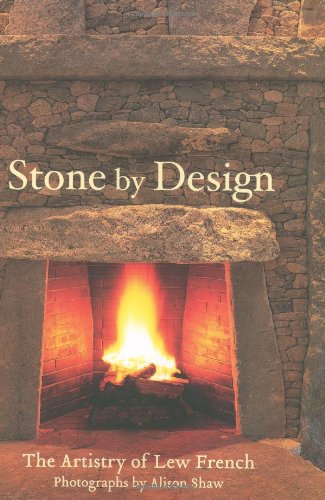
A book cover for Stone by Design: The Artistry of Lew French; Lew French; Arts & Photography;